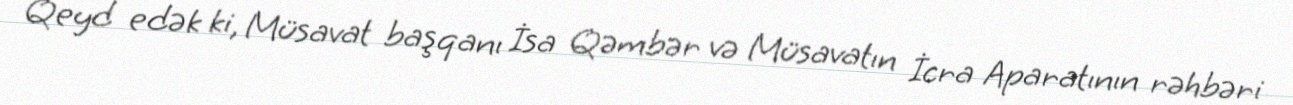
Qeyd edək ki, Müsavat başqanı İsa Qəmbər və Müsavatın İcra Aparatının rəhbəri